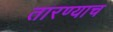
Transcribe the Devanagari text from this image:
तारण्याच